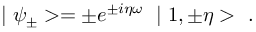
\mid \psi _ { \pm } > = \pm e ^ { \pm i \eta \omega } \ \mid 1 , \pm \eta > \ .